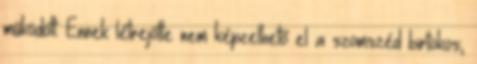
működött. Ennek létrejötte nem képzelhető el a szomszéd birtokos,